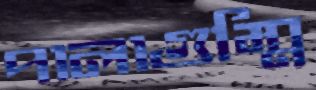
পালাগুম্মি